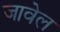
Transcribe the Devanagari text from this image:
जावेल